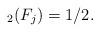
LaTeX: \begin{align*} _{2} (F_j ) = 1/2. \end{align*}